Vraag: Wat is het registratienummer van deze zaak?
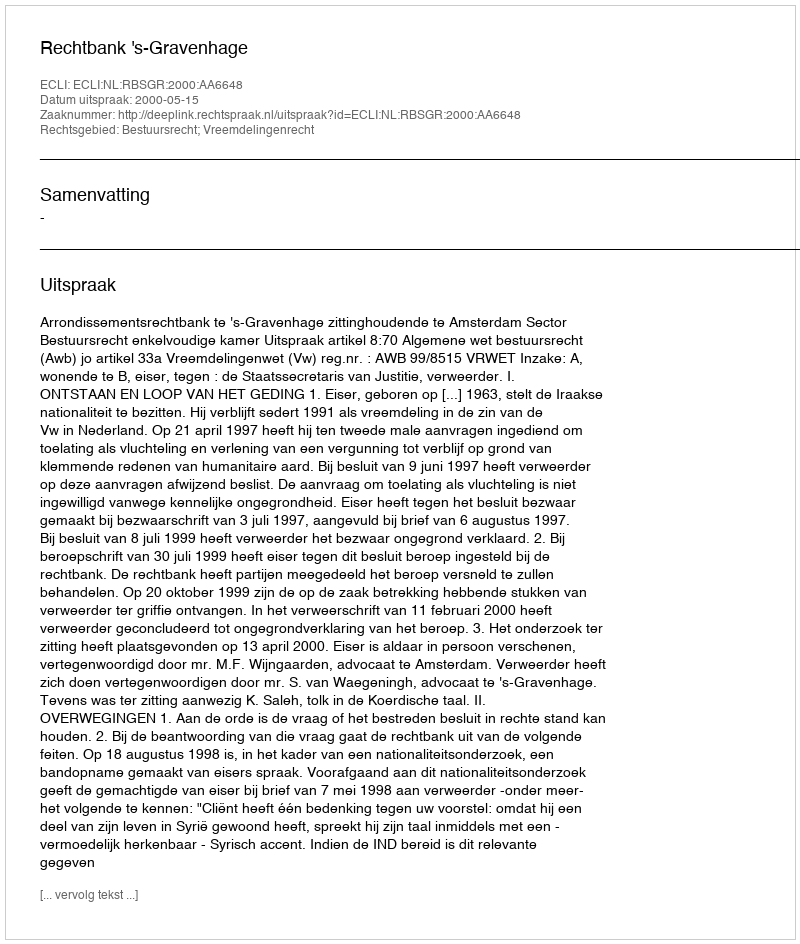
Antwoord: http://deeplink.rechtspraak.nl/uitspraak?id=ECLI:NL:RBSGR:2000:AA6648